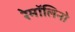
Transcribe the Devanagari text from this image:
रेमॉलिनो